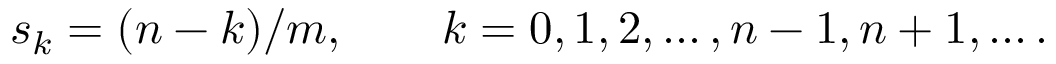
s _ { k } = ( n - k ) / m , \qquad k = 0 , 1 , 2 , \ldots , n - 1 , n + 1 , \dots .